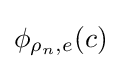
\phi _{\rho _{n},e}(c)